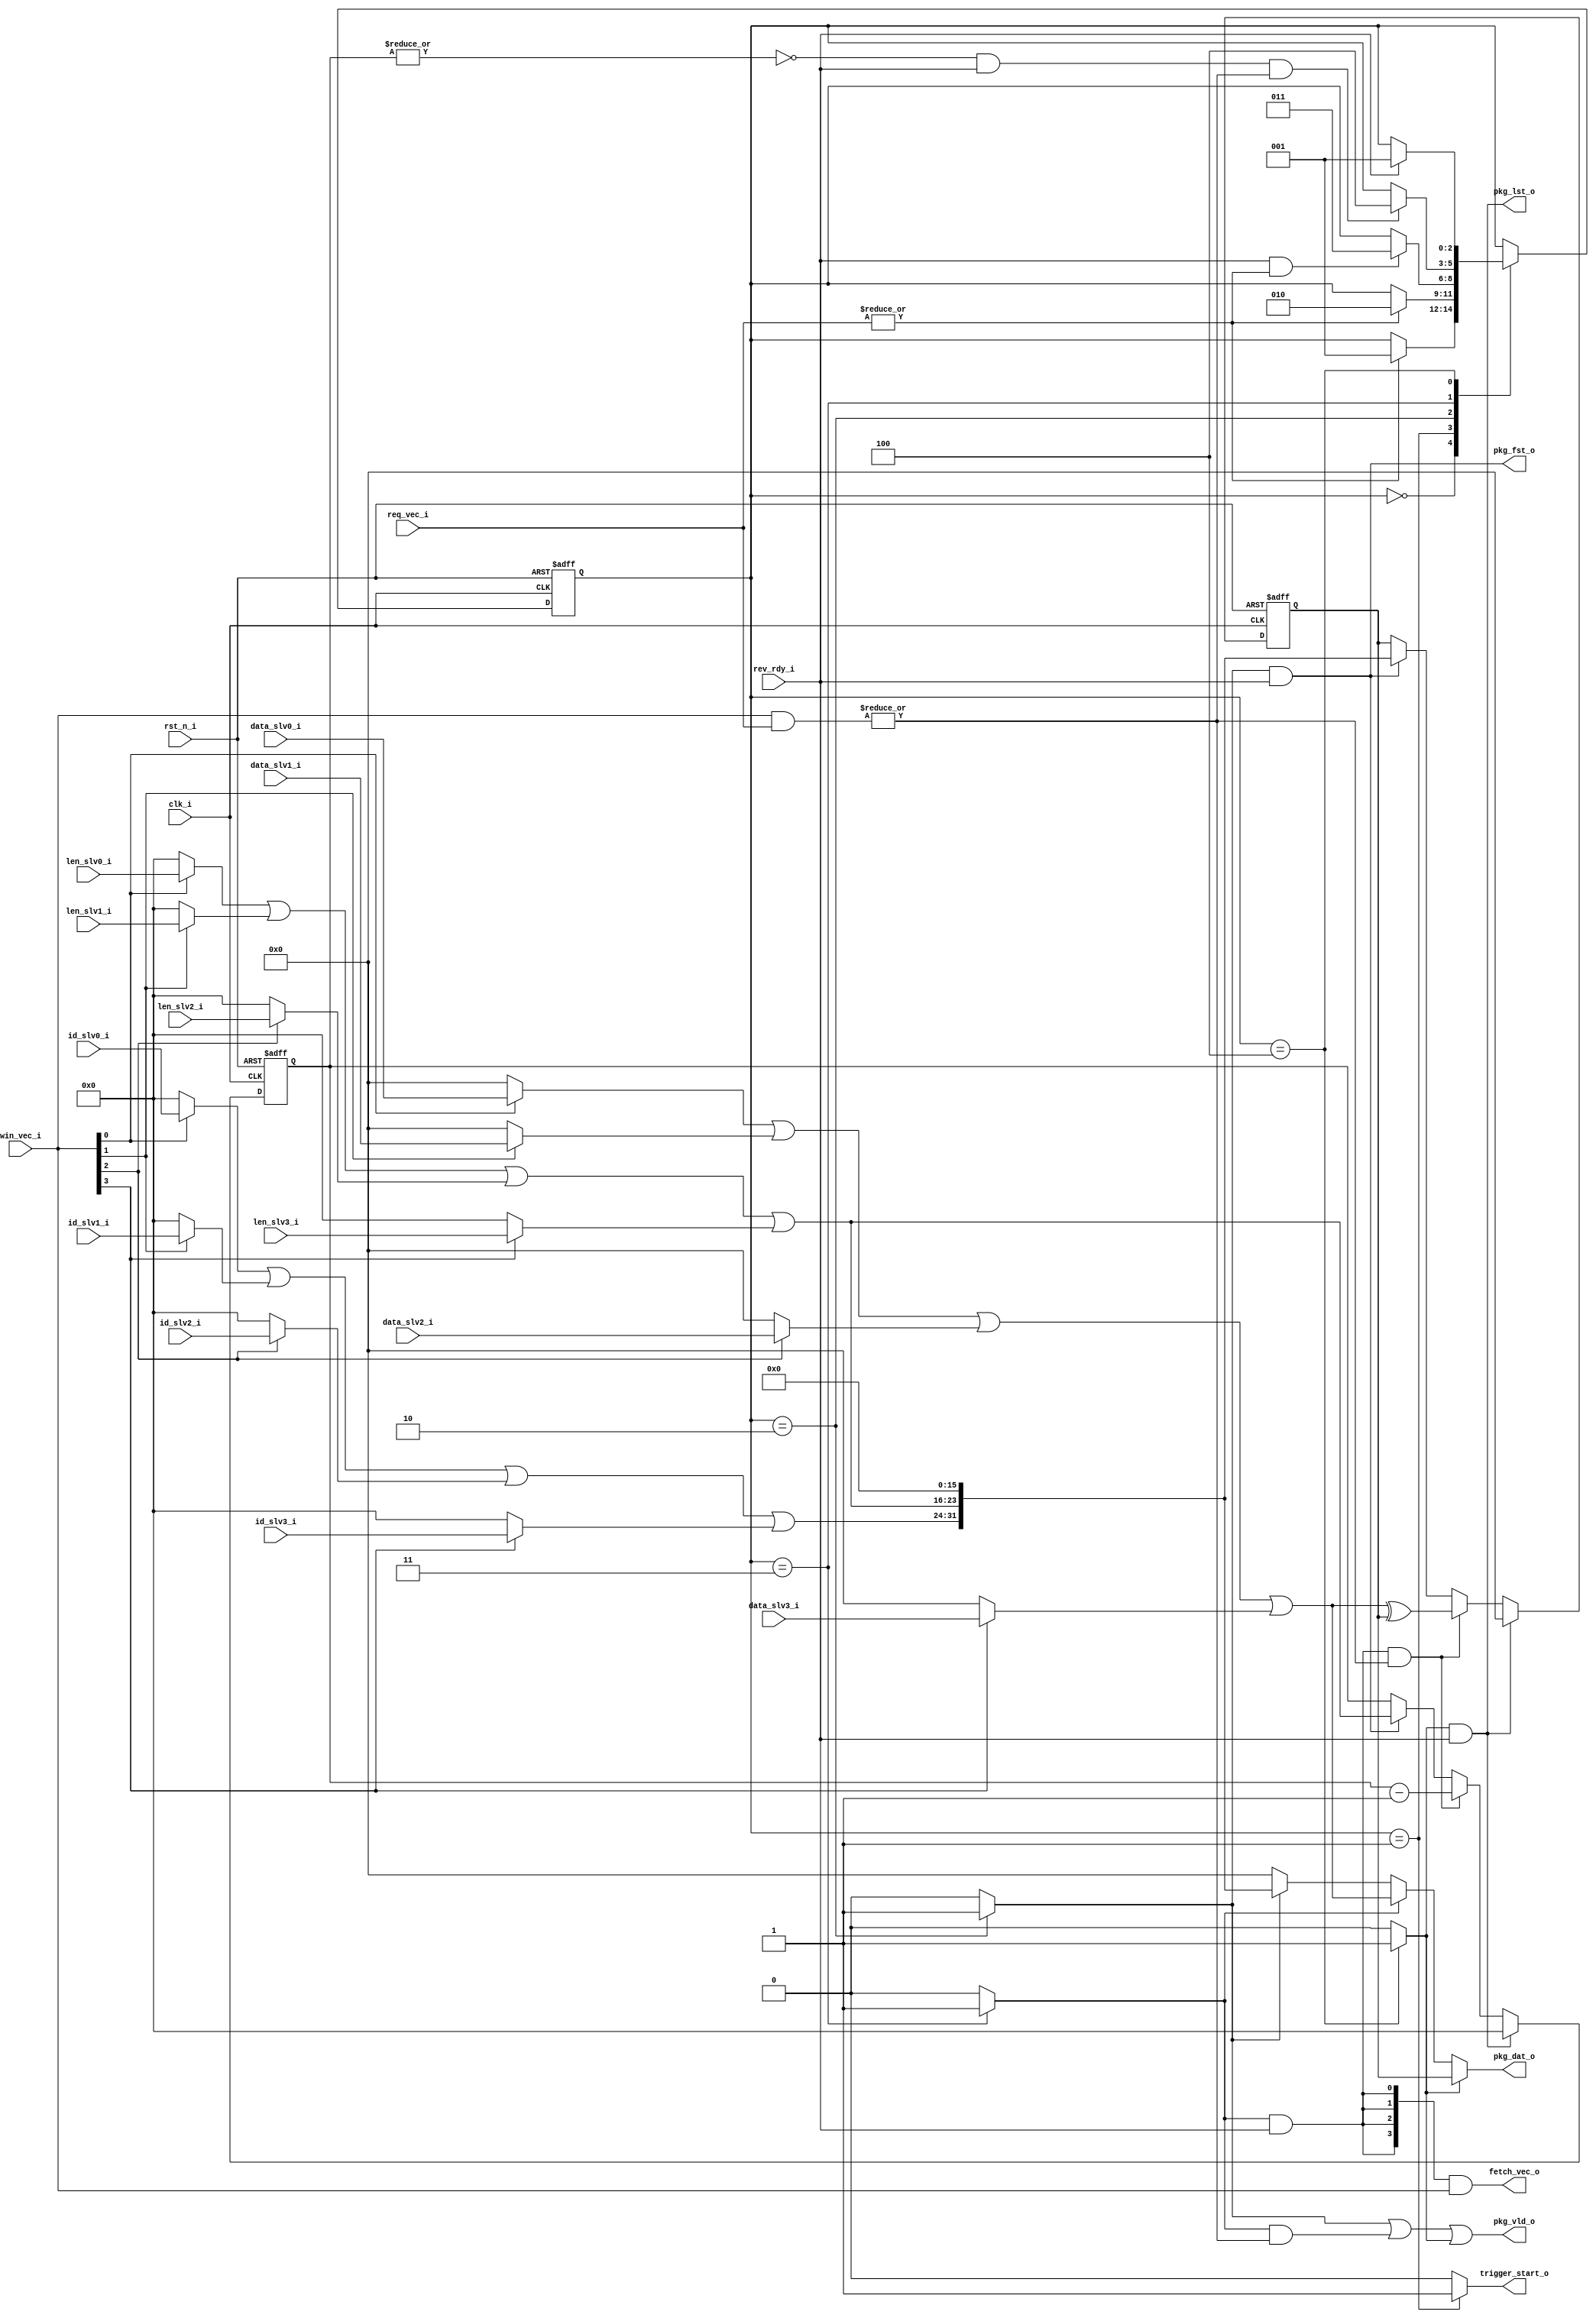
module formater(
    input                      clk_i,
    input                      rst_n_i,
                          
    // IO with slavenode
    input     [31:0]           data_slv0_i,
    input     [31:0]           data_slv1_i,
    input     [31:0]           data_slv2_i,
    input     [31:0]           data_slv3_i,

    input     [7:0]            id_slv0_i,
    input     [7:0]            id_slv1_i,
    input     [7:0]            id_slv2_i,
    input     [7:0]            id_slv3_i,

    input     [7:0]            len_slv0_i,
    input     [7:0]            len_slv1_i,
    input     [7:0]            len_slv2_i,
    input     [7:0]            len_slv3_i,

    input     [3:0]            req_vec_i ,
    output    [3:0]            fetch_vec_o,

    // IO with RR arbiter
    input     [3:0]            win_vec_i, // valid and win (one hot or all zero)
    output                     trigger_start_o,

    // IO with outside (package receiver)
    input                      rev_rdy_i, // receiver rdy
    output                     pkg_vld_o, // data is valid
    output   [31:0]            pkg_dat_o, // data/payload
    output                     pkg_fst_o, // header indicator
    output                     pkg_lst_o  // parirty data
);

parameter [2:0] ST_RST     = 3'b000;
parameter [2:0] ST_Run_RR  = 3'b001;
parameter [2:0] ST_Header  = 3'b010;  
parameter [2:0] ST_Payload = 3'b011;
parameter [2:0] ST_Parity  = 3'b100;

reg [2:0] cur_st, nxt_st; 

wire [31:0] data_slv0_win_s ;
wire [31:0] data_slv1_win_s ;
wire [31:0] data_slv2_win_s ;
wire [31:0] data_slv3_win_s ;
wire [31:0] data_win_s      ;

wire [7:0] id_slv0_win_s   ;
wire [7:0] id_slv1_win_s   ;
wire [7:0] id_slv2_win_s   ;
wire [7:0] id_slv3_win_s   ;
wire [7:0] id_win_s        ;

wire [7:0] len_slv0_win_s  ;
wire [7:0] len_slv1_win_s  ;
wire [7:0] len_slv2_win_s  ;
wire [7:0] len_slv3_win_s  ;
wire [7:0] len_win_s       ;
//

wire is_st_run_rr_s     ;
wire is_st_header_s     ;
wire is_st_payload_s    ;
wire is_st_parity_s     ;

wire send_header_s      ;
wire send_payload_s     ;
wire send_parity_s      ;
wire pkg_lst_s          ;
wire [3:0] win_req_vec_s      ;
wire win_req_s          ;
wire any_win_s          ;
wire any_req_s          ;
wire pkg_vld_s          ;  
reg  [31:0] tx_d_s      ;
reg  [31:0] parity_r    ;
reg  [7:0]  len_cnt_r   ;
wire [3:0]  fetch_vec_s ;
//========================================================================================================
// RTL Start ...
//========================================================================================================

assign win_req_vec_s = win_vec_i & req_vec_i ;
assign win_req_s     = |win_req_vec_s ;
assign any_win_s     = |win_vec_i ;
assign any_req_s     = |req_vec_i ;


//--------------------------------------------------------------------------------------------------------
// State Passing
//--------------------------------------------------------------------------------------------------------
always @(posedge clk_i or negedge rst_n_i)
begin
    if (!rst_n_i) cur_st <= ST_RST    ; 
    else          cur_st <= nxt_st    ;

end 

//--------------------------------------------------------------------------------------------------------
// State Transition 
//--------------------------------------------------------------------------------------------------------
// ST_Run_RR : wait for valid and trigger RR arbiter
// ST_Header : Send Header when receiver is ready 
// St_Payload: Send the length size of PL when receiver is ready 
// ST_parity : Send the parity as the last word
always @(*) begin
    nxt_st <= cur_st;
    case (cur_st)
        ST_RST     : if (                          any_req_s) nxt_st <= ST_Run_RR   ;
        ST_Run_RR  : if (                          any_req_s) nxt_st <= ST_Header   ; 
        ST_Header  : if (             rev_rdy_i && any_req_s) nxt_st <= ST_Payload  ; 
        ST_Payload : if (pkg_lst_s && rev_rdy_i && win_req_s) nxt_st <= ST_Parity   ; 
        ST_Parity  : if (             rev_rdy_i             ) nxt_st <= ST_Run_RR   ;
    endcase
end 


//--------------------------------------------------------------------------------------------------------
// Action in State
//--------------------------------------------------------------------------------------------------------
//Select winner for data/id/len
assign data_slv0_win_s = win_vec_i[0] ? data_slv0_i: 0 ;
assign data_slv1_win_s = win_vec_i[1] ? data_slv1_i: 0 ;
assign data_slv2_win_s = win_vec_i[2] ? data_slv2_i: 0 ;
assign data_slv3_win_s = win_vec_i[3] ? data_slv3_i: 0 ;
assign data_win_s      = data_slv0_win_s | data_slv1_win_s | data_slv2_win_s | data_slv3_win_s ; 

assign id_slv0_win_s   = win_vec_i[0] ? id_slv0_i  : 0 ;
assign id_slv1_win_s   = win_vec_i[1] ? id_slv1_i  : 0 ;
assign id_slv2_win_s   = win_vec_i[2] ? id_slv2_i  : 0 ;
assign id_slv3_win_s   = win_vec_i[3] ? id_slv3_i  : 0 ;
assign id_win_s        = id_slv0_win_s | id_slv1_win_s | id_slv2_win_s | id_slv3_win_s  ; 

assign len_slv0_win_s  = win_vec_i[0] ? len_slv0_i : 0 ;
assign len_slv1_win_s  = win_vec_i[1] ? len_slv1_i : 0 ;
assign len_slv2_win_s  = win_vec_i[2] ? len_slv2_i : 0 ;
assign len_slv3_win_s  = win_vec_i[3] ? len_slv3_i : 0 ;
assign len_win_s       = len_slv0_win_s | len_slv1_win_s | len_slv2_win_s | len_slv3_win_s ;

assign is_st_run_rr_s     = (cur_st==ST_Run_RR )? 1'b1 : 1'b0 ; 
assign is_st_header_s     = (cur_st==ST_Header )? 1'b1 : 1'b0 ; 
assign is_st_payload_s    = (cur_st==ST_Payload)? 1'b1 : 1'b0 ; 
assign is_st_parity_s     = (cur_st==ST_Parity )? 1'b1 : 1'b0 ; 

assign send_header_s      = is_st_header_s   && rev_rdy_i ;
assign send_payload_s     = is_st_payload_s  && rev_rdy_i && win_req_s ; 
assign send_parity_s      = is_st_parity_s   && rev_rdy_i ;
//assign trigger_start_o    = send_header_s ;
assign trigger_start_o    = is_st_run_rr_s ;
assign pkg_lst_s          = ~|(len_cnt_r)    ;// last pacage data is on condition of (len counter = 0)

//--------------------------------------------------------------------------------------------------------
// Package Composition
//--------------------------------------------------------------------------------------------------------
always @(*)
begin
    tx_d_s   <= 0;
    // Header <= ID + LEN
    if (is_st_header_s) begin
        tx_d_s   <= {id_win_s, len_win_s,16'h0000};
    end 
    // Payload
    if (is_st_payload_s) begin
        tx_d_s   <= data_win_s ;
    end 
    // Parity
    if (is_st_parity_s) begin
        tx_d_s   <= parity_r;
    end

end


//--------------------------------------------------------------------------------------------------------
//Parity Gen
//--------------------------------------------------------------------------------------------------------
always @(posedge clk_i or negedge rst_n_i)
begin
    if (~rst_n_i) begin
        parity_r <= 0 ;
        len_cnt_r <= 0 ;
    end else begin
        // Load the 1st data in buffer
        if (send_header_s) begin
            parity_r  <= {id_win_s, len_win_s,16'h0000};
            len_cnt_r <= len_win_s ;
        end 

        // XOR payload
        if (send_payload_s) begin
            parity_r <= data_win_s ^ parity_r ; 
            len_cnt_r<= len_cnt_r - 1;
        end 

        //
        if (send_parity_s) begin
            parity_r  <= 0 ;
            len_cnt_r <= 0 ;
        end 
    end 
end 

// fetch asserted when 
// 1. downlink's recieve_ready is asserted &
// 2. selected fifo data is valid
assign fetch_vec_s = {4{rev_rdy_i && is_st_payload_s }} & win_vec_i ;
assign fetch_vec_o = fetch_vec_s ;

//--------------------------------------------------------------------------------------------------------
assign pkg_dat_o = tx_d_s ;
assign pkg_fst_o = send_header_s  ;
assign pkg_lst_o = send_parity_s  ;
//---------------------------------------
// pkg_vld_o asserted when
// a. header phase
// b. send payload phase and payload is valid
// c. parity phase
assign pkg_vld_s = is_st_header_s || (is_st_payload_s && win_req_s) || is_st_parity_s ; 
assign pkg_vld_o = pkg_vld_s ;


endmodule